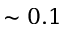
\sim 0 . 1